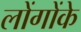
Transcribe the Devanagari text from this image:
लोंगोंके